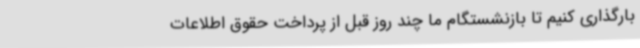
بارگذاری کنیم تا بازنشستگام ما چند روز قبل از پرداخت حقوق اطلاعات